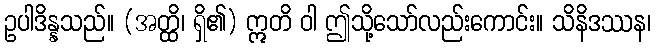
ဥပါဒိန္နသည်။ (အတ္ထိ၊ ရှိ၏) ဣတိ ဝါ ဤသို့သော်လည်းကောင်း။ သိနိဒဿန၊